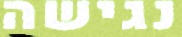
נגישה